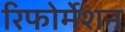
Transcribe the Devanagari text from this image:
रिफोर्मेशन